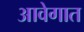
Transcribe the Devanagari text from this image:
आवेगात